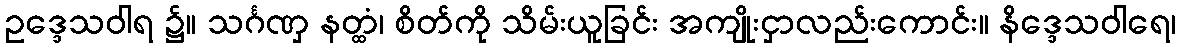
ဥဒ္ဒေသဝါရ ၌။ သင်္ဂဏှ နတ္ထံ၊ စိတ်ကို သိမ်းယူခြင်း အကျိုးငှာလည်းကောင်း။ နိဒ္ဒေသဝါရေ၊